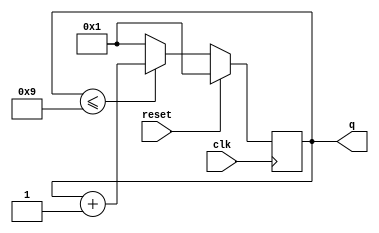
module top_module (
    input clk,
    input reset,
    output [3:0] q);
	always @(posedge clk) begin
        if(reset) q<=1;
        else begin
            if(q<=9)
                q<=q+1;
            else
                q<=1;
        end
    end
endmodule